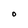
Character: O